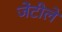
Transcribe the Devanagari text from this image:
जेंटीले